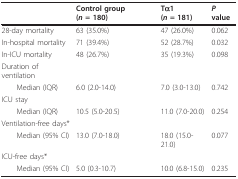
<table><thead><tr><td></td><td><b>Control group (<i>n </i>= 180)</b></td><td><b>Tα1 (<i>n </i>= 181)</b></td><td><b><i>P </i>value</b></td></tr></thead><tbody><tr><td>28-day mortality</td><td>63 (35.0%)</td><td>47 (26.0%)</td><td>0.062</td></tr><tr><td>In-hospital mortality</td><td>71 (39.4%)</td><td>52 (28.7%)</td><td>0.032</td></tr><tr><td>In-ICU mortality</td><td>48 (26.7%)</td><td>35 (19.3%)</td><td>0.098</td></tr><tr><td>Duration of ventilation</td><td></td><td></td><td></td></tr><tr><td> Median (IQR)</td><td>6.0 (2.0-14.0)</td><td>7.0 (3.0-13.0)</td><td>0.742</td></tr><tr><td>ICU stay</td><td></td><td></td><td></td></tr><tr><td> Median (IQR)</td><td>10.5 (5.0-20.5)</td><td>11.0 (7.0-20.0)</td><td>0.254</td></tr><tr><td>Ventilation-free days*</td><td></td><td></td><td></td></tr><tr><td> Median (95% CI)</td><td>13.0 (7.0-18.0)</td><td>18.0 (15.0-21.0)</td><td>0.077</td></tr><tr><td>ICU-free days*</td><td></td><td></td><td></td></tr><tr><td> Median (95% CI)</td><td>5.0 (0.3-10.7)</td><td>10.0 (6.8-15.0)</td><td>0.235</td></tr></tbody></table>